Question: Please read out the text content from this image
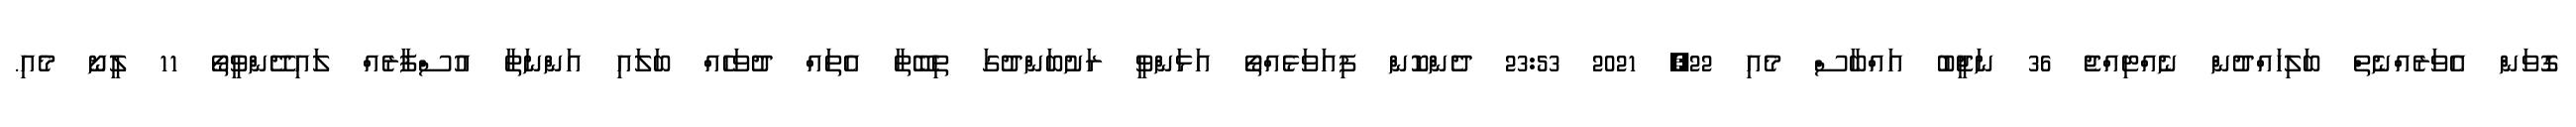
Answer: ގޮވަން އެވަރެއްނެތް ބަލިހައްދުން ނެއްޓިއްޖެ 36 ނަޖީބު އައްބާސް މެއި 22, 2021 23:53 ދެންކޮން ފިއަވަޅެއްތޯ އަޅަންވީ ރަށުބަންދުގަ ތިބޭތާ އެތައް ދުވަހެއް ބަލައި އަންނަތާ އުސްފާރެއް ލައިދޭންވީތޯ 11 ލީނޯ މެއި.